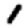
Digit: 1